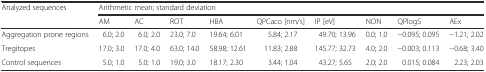
<table><thead><tr><td rowspan="2"><b>Analyzed sequences</b></td><td colspan="9"><b>Arithmetic mean; standard deviation</b></td></tr><tr><td><b>AM</b></td><td><b>AC</b></td><td><b>ROT</b></td><td><b>HBA</b></td><td><b>QPCaco [nm/s]</b></td><td><b>IP [eV]</b></td><td><b>NON</b></td><td><b>QPlogS</b></td><td><b>AEx</b></td></tr></thead><tbody><tr><td>Aggregation prone regions</td><td>6.0; 2.0</td><td>6.0; 2.0</td><td>23.0; 7.0</td><td>19.64; 6.01</td><td>5.84; 2.17</td><td>49.70; 13.96</td><td>0.0; 1.0</td><td>−0.095; 0.095</td><td>−1.21; 2.02</td></tr><tr><td>Tregitopes</td><td>17.0; 3.0</td><td>17.0; 4.0</td><td>63.0; 14.0</td><td>58.98; 12.61</td><td>11.83; 2.88</td><td>145.77; 32.73</td><td>4.0; 2.0</td><td>−0.003; 0.113</td><td>−0.68; 3.40</td></tr><tr><td>Control sequences</td><td>5.0; 1.0</td><td>5.0; 1.0</td><td>19.0; 3.0</td><td>18.17; 2.30</td><td>3.44; 1.04</td><td>43.27; 5.65</td><td>2.0; 2.0</td><td>0.015; 0.084</td><td>2.23; 2.03</td></tr></tbody></table>